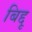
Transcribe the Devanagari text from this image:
बिद्दू